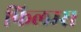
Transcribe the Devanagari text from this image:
फिलम्स